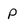
Character: p